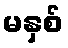
မနှစ်